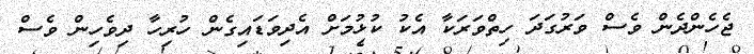
ޖެހެންދެން ވެސް ވަރުގަދަ ހިތްވަރަކާ އެކު ކުޅުމަށް އެދިވަޑައިގެން ހުރިހާ ދިވެހިން ވެސް